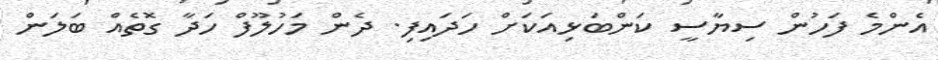
އެންމެ ފަހުން ސިޔާސީ ކަންބަޅިއަކަށް ހަދައިފި. ދެން މަހުލޫފް ހަދާ ގޮތެއް ބަލަން